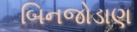
બિનજોડાણ